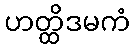
ဟတ္ထိဒမကံ